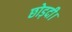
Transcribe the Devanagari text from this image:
छोड़दी।